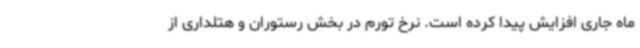
ماه جاری افزایش پیدا کرده است. نرخ تورم در بخش رستوران و هتلداری از